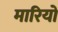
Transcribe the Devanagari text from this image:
मारियों